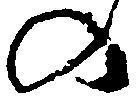
の